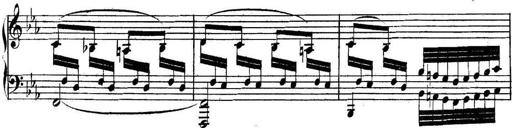
Title: Collected Piano Sonatas
Composer: Muzio Clementi